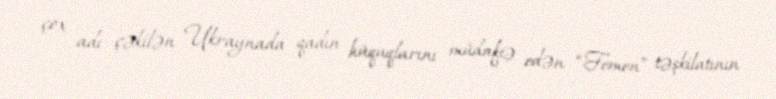
çox adı çəkilən Ukraynada qadın hüquqlarını müdafiə edən “Femen” təşkilatının